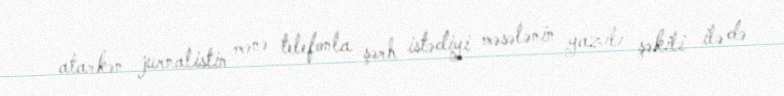
atarkən jurnalistin mənə telefonla şərh istədiyi məsələnin yazılı şəkili ilə də